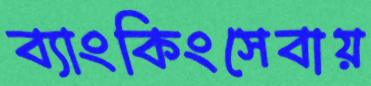
ব্যাংকিংসেবায়